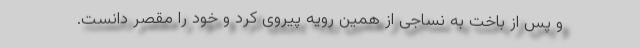
و پس از باخت به نساجی از همین رویه پیروی کرد و خود را مقصر دانست.